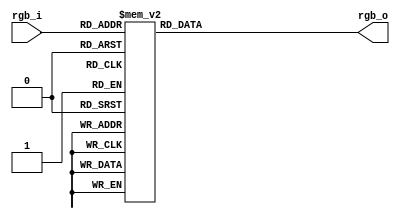

module img_processor (
	input	   [2:0] rgb_i,
	output reg	[2:0] rgb_o
);


always @(rgb_i)
	case (rgb_i)
		3'b000 : rgb_o = 3'b001;
		3'b001 : rgb_o = 3'b010;
		3'b010 : rgb_o = 3'b100;
		3'b011 : rgb_o = 3'b011;
		3'b100 : rgb_o = 3'b000;
		3'b101 : rgb_o = 3'b110;
		3'b110 : rgb_o = 3'b111;
		3'b111 : rgb_o = 3'b101;
		default: rgb_o = 1'bx; 
	endcase	


endmodule // vgaDriver

/*module img_processor(
    //Lista de porturi
	output	[2:0] rgb_o,
	input	[8:0] rgb_1,
	input	[9:0] rgb_2,
);

Modificare de 
culoare  
0  1, 1  2, 2  4, 
3  3, 4  0, 5  6, 
6  7, 7  5

endmodule



function real Modificare(rgb_i);
begin
  case (rgb_i)
    3'b000 : rgb_i = 3'b001;
    3'b001 : rgb_i = 3'b010;
    3'b010 : rgb_i = 3'b100;
    3'b011 : rgb_i = 3'b011;
    3'b100 : rgb_i = 3'b000;
    3'b101 : rgb_i = 3'b110;
    3'b110 : rgb_i = 3'b111;
    3'b111 : rgb_i = 3'b101;
  endcase
end 
endfunction
localparam rgb = Modificare(row_i)


*/